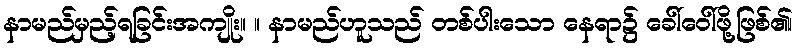
နာမည်မှည့်ရခြင်းအကျိုး။ ။ နာမည်ဟူသည် တစ်ပါးသော နေရာ၌ ခေါ်ဝေါ်ဖို့ဖြစ်၏၊